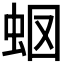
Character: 𧉫